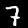
Label: 7